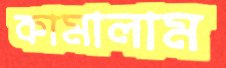
কামালাম